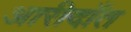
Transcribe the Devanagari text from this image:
आरीदाँत